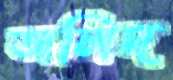
অলিদ